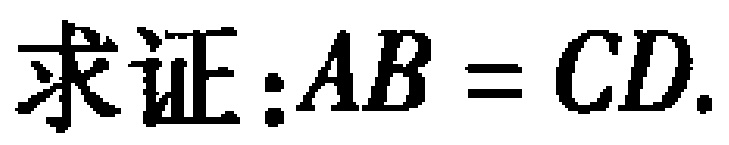
求证：\(AB = CD\).